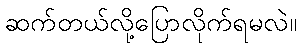
ဆက်တယ်လို့ပြောလိုက်ရမလဲ။